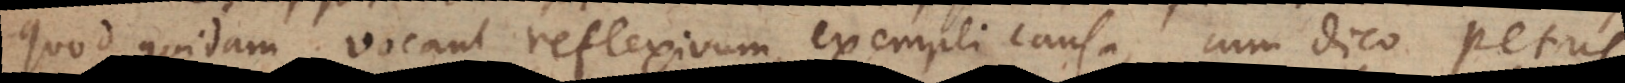
quod quidam vocant reflexivum, exempli causa, cum dico Petrus